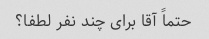
حتماً آقا برای چند نفر لطفا؟